Black-water fever - Number 35
Disease focus: Fever
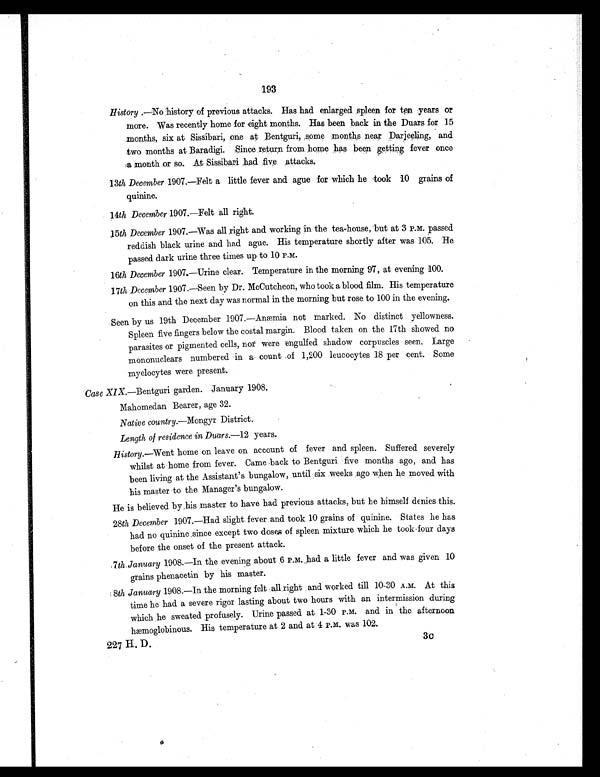
193
History .—No history of previous attacks. Has had enlarged spleen for ten years or
more. Was recently home for eight months. Has been back in the Duars for 15
months, six at Sissibari, one at Bentguri, ,some months near Darjeeling, and
two months at Baradigi. Since return from home has been getting fever once
a m o n t h o r s o . A t S i s s i b a r i h a d f i v e a t t a c k s .
13th December 1907.—Felt a little fever and ague for which he took 10 grains of
quinine.
14th December 1907.—Felt all right.
15th December 1907.—Was all right and working in the tea-house, but at 3 P.M. passed
reddish black urine and had ague. His temperature shortly after was 105. He
passed dark urine three times up to 10 P.M.
16th December 1907.—Urine clear. Temperature in the morning 97, at evening 100.
17th December 1907.—Seen by Dr. McCutcheon, who took a blood film. His temperature
on this and the next day was normal in the morning but rose to 100 in the evening.
Seen by us 19th December 1907.—Anæmia not marked. No distinct yellowness.
Spleen five fingers below the costal margin. Blood taken on the 17th showed no
parasites or pigmented cells, nor were engulfed shadow corpuscles seen. Large
mononuclears numbered in a count of 1,200 leucocytes 18 per cent. Some
myelocytes were present.
Case XIX. —Bentguri garden. January 1908.
Mahomedan Bearer, age 32.
Native country.—Mongyr District.
Length of residence in Duars. -12 years.
History. Went home on leave on account of fever and spleen. Suffered severely
whilst at home from fever. Came back to Bentguri five months ago, and has
been living at the Assistant's bungalow, until six weeks ago when he moved with
his master to the Manager's bungalow.
He is believed by his master to have had previous attacks, but he himself denies this.
28 th December 1907.—Had slight fever and took 10 grains of quinine. States he has
had no quinine since except two doses of spleen mixture which he took four days
before the onset of the present attack.
7 th January 1908.—In the evening about 6 P.M._had a little fever and was given 10
grains phenacetin by his master.
8th January 1908.—In the morning felt all right and worked till 10-30 A.M. At this
time he had a severe rigor lasting about two hours with an intermission during
which he sweated profusely. Urine passed at 1-30 P.M. and in the afternoon
hemoglobinous. His temperature at 2 and at 4 P.M. was 102.
227 H. D.
3c